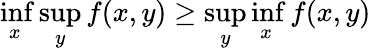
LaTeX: \operatorname*{inf}_{x}\operatorname*{sup}_{y}f(x,y)\geq\operatorname*{sup}_{y}\operatorname*{inf}_{x}f(x,y)